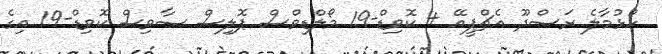
ހުޅުމާލެ ރަސްދޫ އެޗްޕީއޭ + ކޮވިޑް-19 މޯލްޑިވްސް ޕޮލިސް ސާވިސް ކޮވިޑް-19 އިގެ